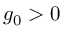
g _ { 0 } > 0